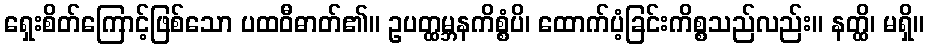
ရှေးစိတ်ကြောင့်ဖြစ်သော ပထဝီဓာတ်၏။ ဥပတ္ထမ္ဘနကိစ္စံပိ၊ ထောက်ပံ့ခြင်းကိစ္စသည်လည်း။ နတ္ထိ၊ မရှိ။